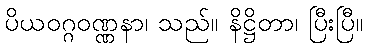
ပိယဝဂ္ဂဝဏ္ဏနာ၊ သည်။ နိဋ္ဌိတာ၊ ပြီးပြီ။